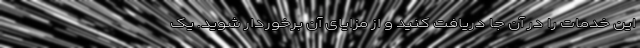
این خدمات را در آن جا دریافت کنید و از مزایای آن برخوردار شوید. یک